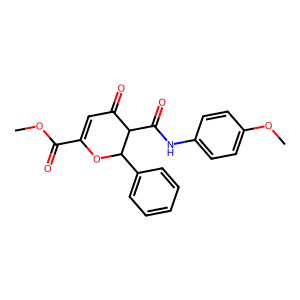
SMILES: COC(=O)C1=CC(=O)C(C(=O)Nc2ccc(OC)cc2)C(c2ccccc2)O1
Inhibits HIV replication: No